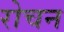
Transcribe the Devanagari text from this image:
रोचन